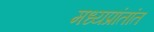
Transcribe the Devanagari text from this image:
मध्यप्रांतांत